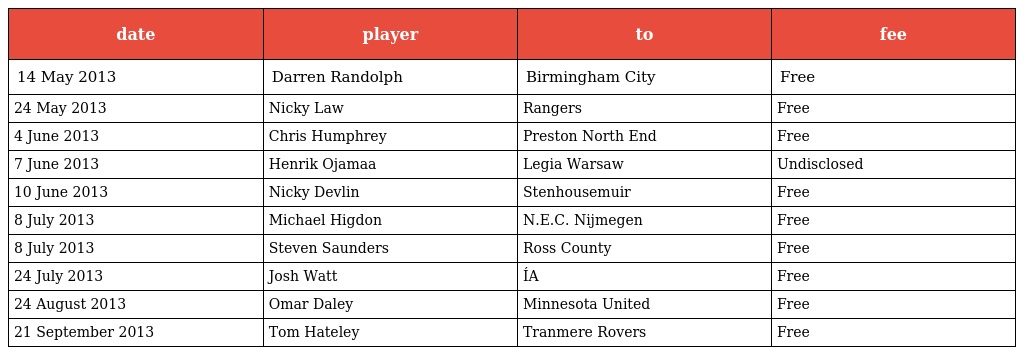
| date | player | to | fee |
 | --- | --- | --- | --- |
 | 14 May 2013 | Darren Randolph | Birmingham City | Free |
 | 24 May 2013 | Nicky Law | Rangers | Free |
 | 4 June 2013 | Chris Humphrey | Preston North End | Free |
 | 7 June 2013 | Henrik Ojamaa | Legia Warsaw | Undisclosed |
 | 10 June 2013 | Nicky Devlin | Stenhousemuir | Free |
 | 8 July 2013 | Michael Higdon | N.E.C. Nijmegen | Free |
 | 8 July 2013 | Steven Saunders | Ross County | Free |
 | 24 July 2013 | Josh Watt | ÍA | Free |
 | 24 August 2013 | Omar Daley | Minnesota United | Free |
 | 21 September 2013 | Tom Hateley | Tranmere Rovers | Free |